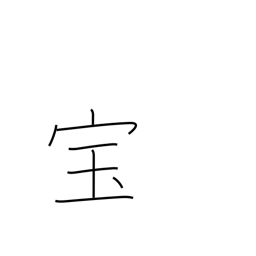
Meaning: treasure